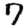
Digit: 7